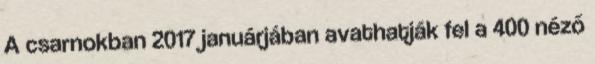
A csarnokban 2017 januárjában avathatják fel a 400 néző